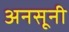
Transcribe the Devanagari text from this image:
अनसूनी